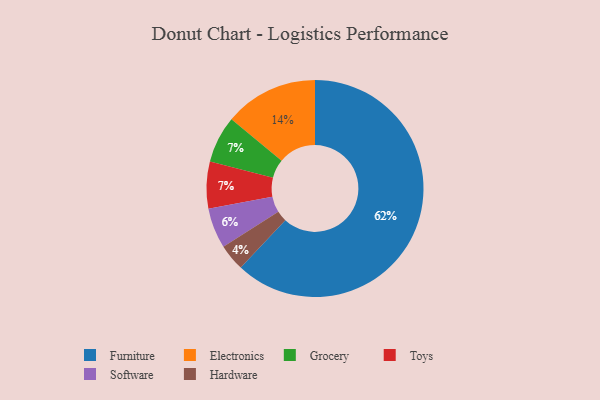
{"axis": {"x": "Category", "y": "Percentage"}, "legend": ["Electronics", "Furniture", "Grocery", "Hardware", "Software", "Toys"], "data": [{"x": "Hardware", "y": 4, "type": "Hardware"}, {"x": "Grocery", "y": 7, "type": "Grocery"}, {"x": "Electronics", "y": 14, "type": "Electronics"}, {"x": "Software", "y": 6, "type": "Software"}, {"x": "Toys", "y": 7, "type": "Toys"}, {"x": "Furniture", "y": 62, "type": "Furniture"}]}